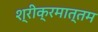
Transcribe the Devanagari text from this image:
श्रीक्रमात्तम